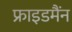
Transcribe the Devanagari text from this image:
फ्राइडमैंन